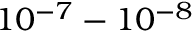
1 0 ^ { - 7 } - 1 0 ^ { - 8 }